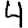
Digit: 4